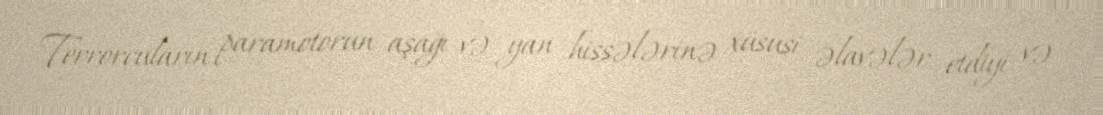
Terrorçuların paramotorun aşağı və yan hissələrinə xüsusi əlavələr etdiyi və